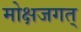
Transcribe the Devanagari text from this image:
मोक्षजगत्